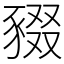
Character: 䝌